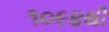
૧૦૯૪થી